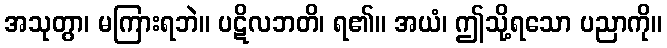
အသုတွာ၊ မကြားရဘဲ။ ပဋိလဘတိ၊ ရ၏။ အယံ၊ ဤသို့ရသော ပညာကို။